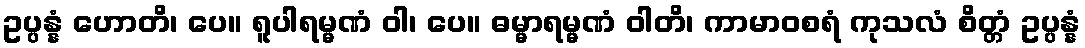
ဥပ္ပန္နံ ဟောတိ၊ ပေ။ ရူပါရမ္မဏံ ဝါ၊ ပေ။ ဓမ္မာရမ္မဏံ ဝါတိ၊ ကာမာဝစရံ ကုသလံ စိတ္တံ ဥပ္ပန္နံ